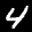
Label: 4